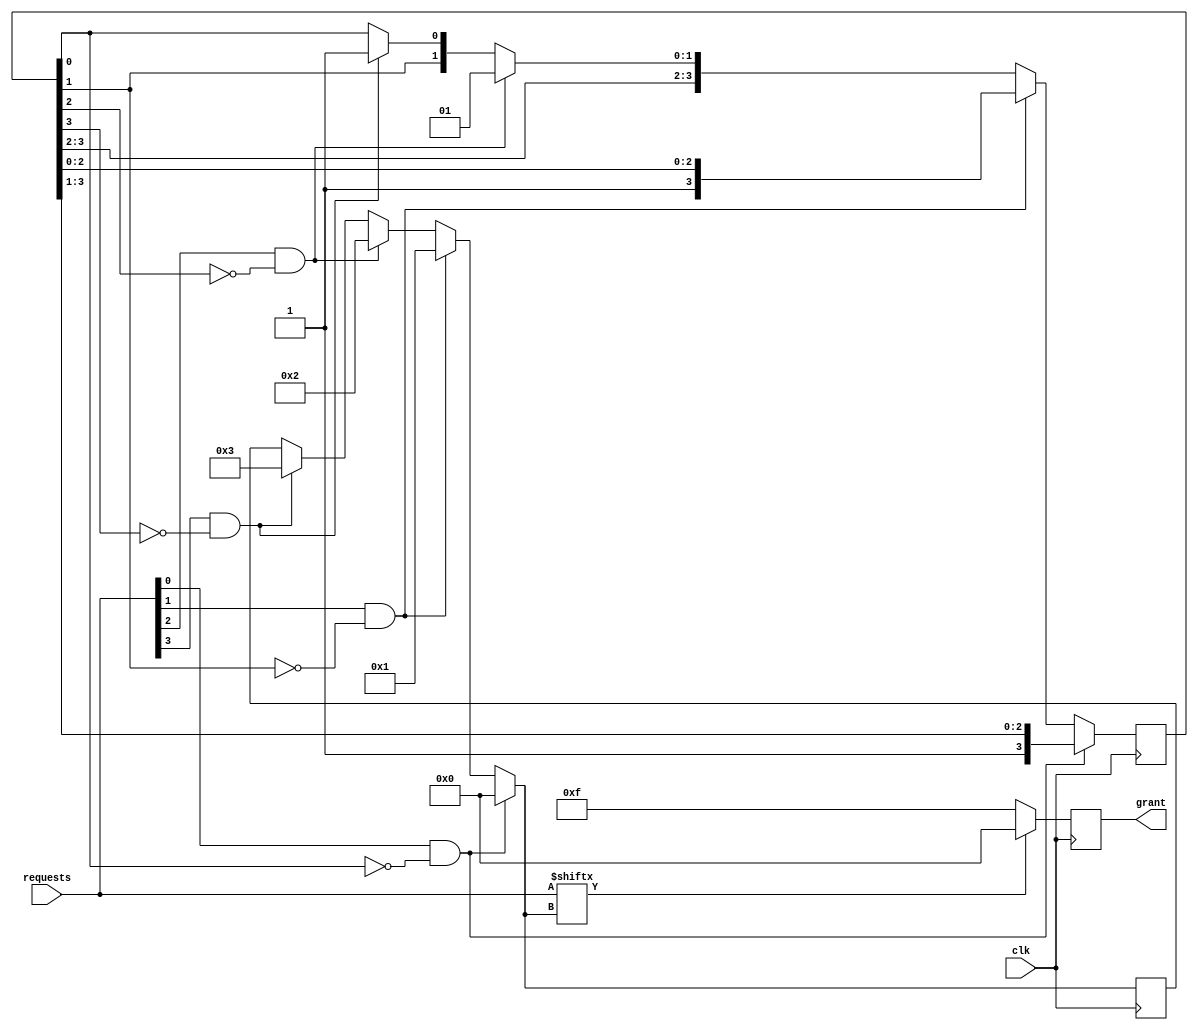
module parallel_arbiter (
  input wire clk,
  input wire [3:0] requests,
  output reg [3:0] grant
);

reg [3:0] priority;
reg [3:0] request_valid;

always @(posedge clk) begin
  // Implement timing control to prioritize requests
  if (requests[0] && !request_valid[0]) begin
    priority = 0;
    request_valid = {1'b1, request_valid[3:1]};
  end
  else if (requests[1] && !request_valid[1]) begin
    priority = 1;
    request_valid = {1'b0, 1'b1, request_valid[2:0]};
  end
  else if (requests[2] && !request_valid[2]) begin
    priority = 2;
    request_valid = {request_valid[3:2], 1'b0, 1'b1};
  end
  else if (requests[3] && !request_valid[3]) begin
    priority = 3;
    request_valid = {1'b0, request_valid[3:1], 1'b1};
  end

  // Serve the request with the highest priority
  grant = (requests[priority]) ? {4{1'b0}} : {4{1'b1}};
end

endmodule